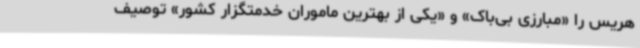
هریس را «مبارزی بی‌باک» و «یکی از بهترین ماموران خدمتگزار کشور» توصیف